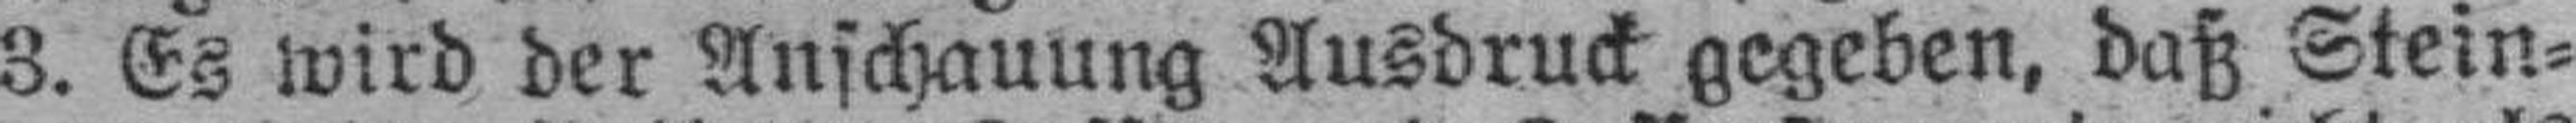
3. Es wird der Anschauung Ausdruck gegeben, daß Stein=